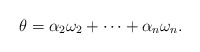
\begin{align*} \theta=\alpha_2\omega_2+\cdots+\alpha_n\omega_n. \end{align*}